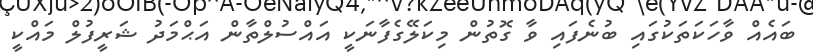
ބައެއް ވާހަކަތަކުގައި ބުނެފައި ވާ ގޮތުން މިކަލޭގެފާނަކީ އައްސުލްތާން އަޙްމަދު ޝަރީފުލް މައްކީ